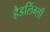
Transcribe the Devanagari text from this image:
हैडलिंग्ली